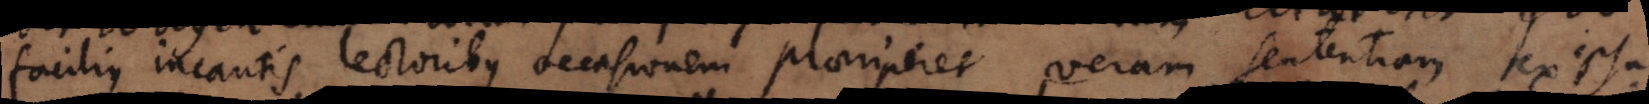
facilius incautis lectoribus occasionem praeriperet veram sententiam ex ipsa